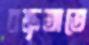
বক্তৃতাতে